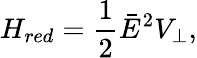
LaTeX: H_{red}=\frac{1}{2}\bar{E}^{2}V_{\perp},